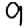
Digit: 9